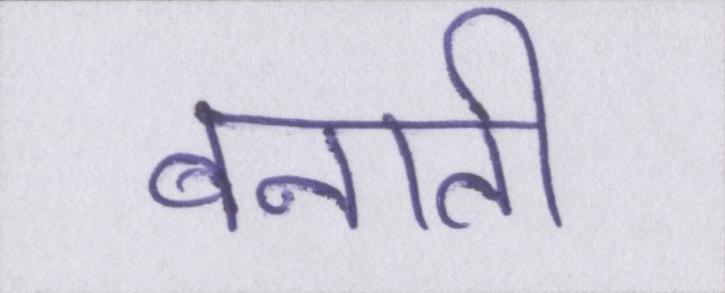
बनाती